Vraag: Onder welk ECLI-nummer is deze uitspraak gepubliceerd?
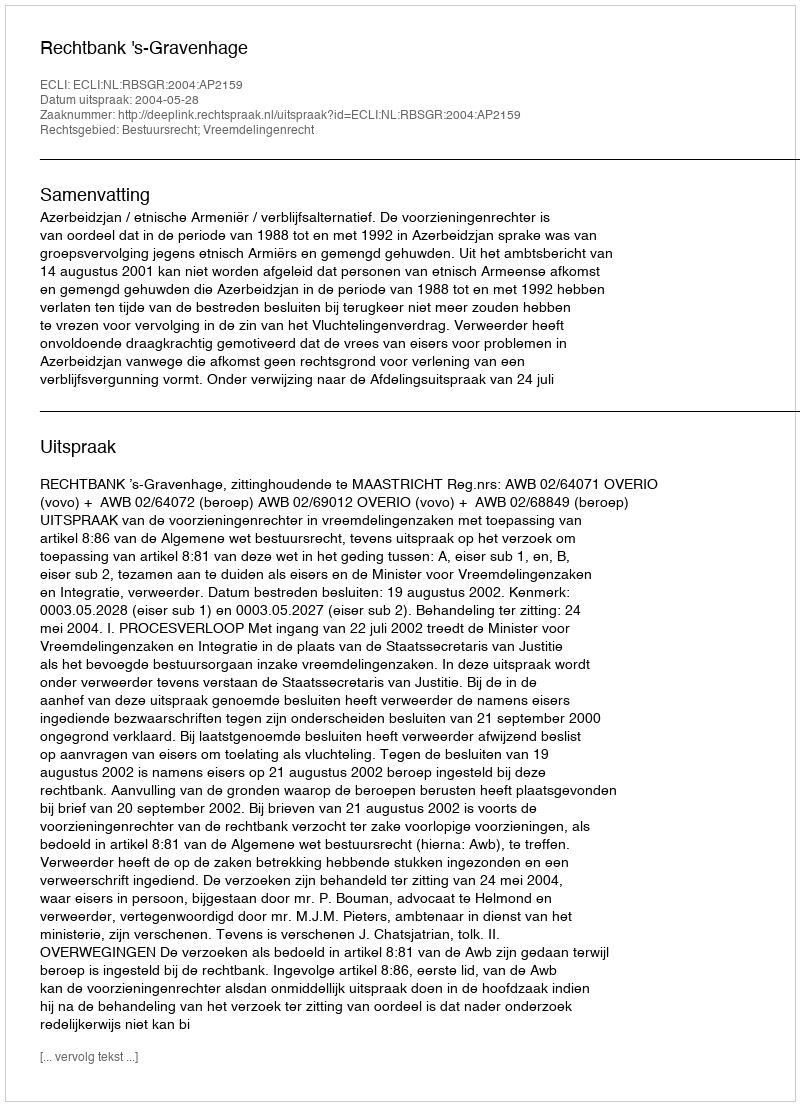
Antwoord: ECLI:NL:RBSGR:2004:AP2159